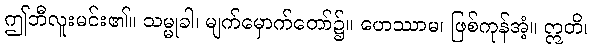
ဤဘီလူးမင်း၏။ သမ္မုခါ၊ မျက်မှောက်တော်၌။ ဟေဿာမ၊ ဖြစ်ကုန်အံ့။ ဣတိ၊